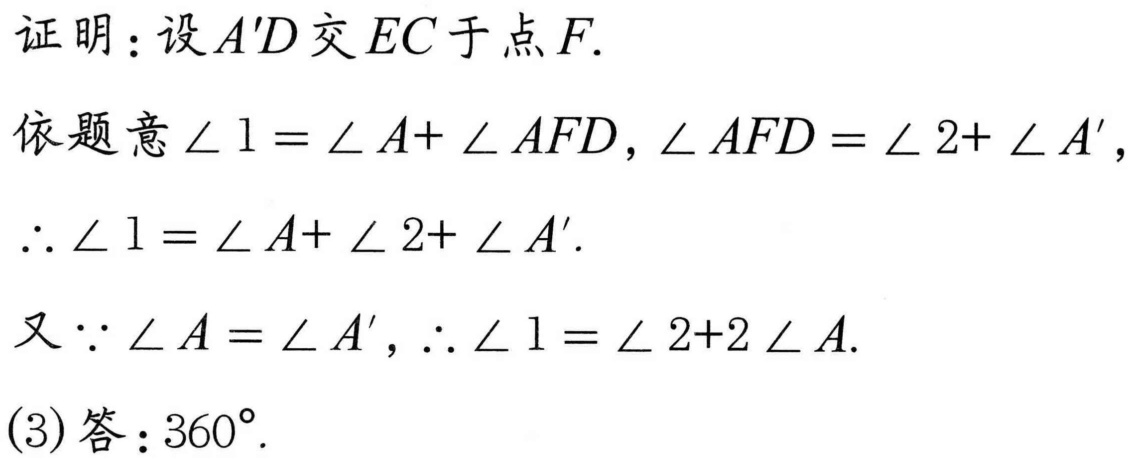
证明：设\(A'D\)交\(EC\)于点\(F\).
依题意\(\angle 1 = \angle A+\angle AFD\)，\(\angle AFD = \angle 2+\angle A'\)，
\(\therefore\angle 1 = \angle A+\angle 2+\angle A'\).
又\(\because\angle A = \angle A'\)，\(\therefore\angle 1 = \angle 2 + 2\angle A\).
(3)答：\(360^{\circ}\).